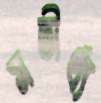
সতীর্থ্য